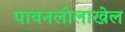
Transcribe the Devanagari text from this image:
पावनलीलाखेल